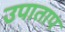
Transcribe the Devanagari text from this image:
उपाताप